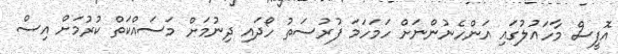
އޮފީސް މާހައުލުގައި އަންހެނުންނަށް ހަމަހަމަ ފުރުސަތު ހޯދައި ދިނުމަށް މަސައްކަތް ކުރުމަށް އިސް